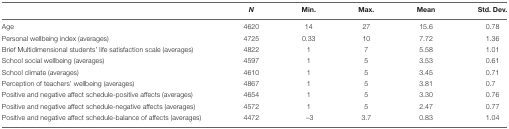
|  | N | Min. | Max. | Mean | Std. Dev. |
 | --- | --- | --- | --- | --- | --- |
 | Age | 4620 | 14 | 27 | 15.6 | 0.78 |
 | Personal wellbeing index (averages) | 4725 | 0.33 | 10 | 7.72 | 1.36 |
 | Brief Multidimensional students’ life satisfaction scale (averages) | 4822 | 1 | 7 | 5.58 | 1.01 |
 | School social wellbeing (averages) | 4597 | 1 | 5 | 3.53 | 0.61 |
 | School climate (averages) | 4610 | 1 | 5 | 3.45 | 0.71 |
 | Perception of teachers’ wellbeing (averages) | 4867 | 1 | 5 | 3.81 | 0.7 |
 | Positive and negative affect schedule-positive affects (averages) | 4654 | 1 | 5 | 3.30 | 0.76 |
 | Positive and negative affect schedule-negative affects (averages) | 4572 | 1 | 5 | 2.47 | 0.77 |
 | Positive and negative affect schedule-balance of affects (averages) | 4472 | -3 | 3.7 | 0.83 | 1.04 |